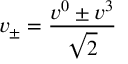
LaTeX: v _ { \pm } = \frac { v ^ { 0 } \pm v ^ { 3 } } { \sqrt { 2 } }